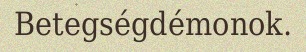
Betegségdémonok.